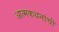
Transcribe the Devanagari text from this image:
आत्मकथनांची